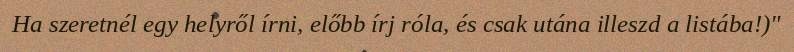
Ha szeretnél egy helyről írni, előbb írj róla, és csak utána illeszd a listába!)"